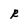
Character: R